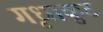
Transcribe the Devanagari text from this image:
गृधाकुट